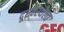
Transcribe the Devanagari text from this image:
दूरवस्थेला